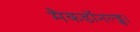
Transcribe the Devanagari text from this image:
मैकडॉनल्ड्स।